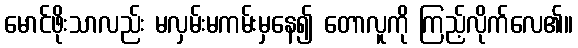
မောင်ဖိုးသာလည်း မလှမ်းမကမ်းမှနေ၍ တောလူကို ကြည့်လိုက်လေ၏။